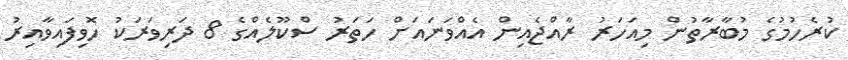
ކުރެހުމުގެ މުބާރާތުން މިއަހަރު ރާއްޖެއިން އެއްވަނައަށް ހަތަރު ސްކޫލެއްގެ 8 ދަރިވަރަކު ހޮވިފައިވާއިރު